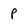
Character: p